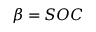
\beta = S O C